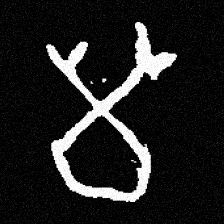
Pyu character \u2014 Myanmar letter: မ (romanized: ma)